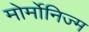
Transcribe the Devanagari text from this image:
मोर्मोनिज्म